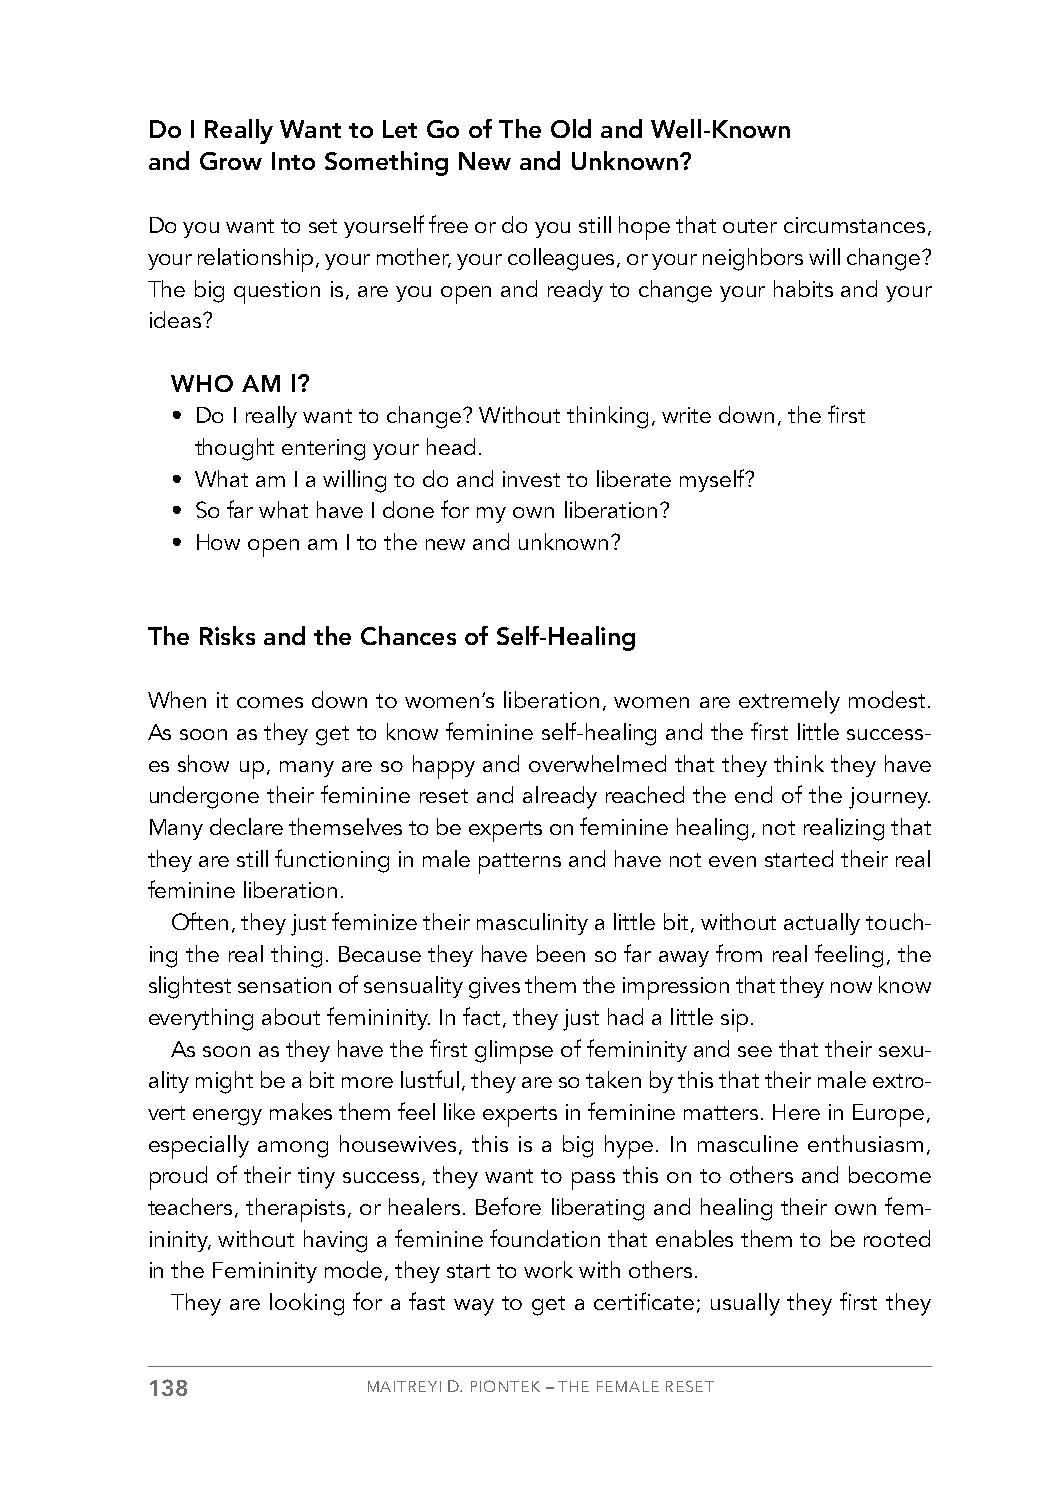
Do I Really Want to Let Go of The Old and Well-Known
 and Grow Into Something New and Unknown?
 Do you want to set yourself free or do you still hope that outer circumstances,
 your relationship, your mother, your colleagues, or your neighbors will change?
 The big question is, are you open and ready to change your habits and your
 ideas?
 WHO  AM I?
 • Do I really want to change? Without thinking, write down, the first
 thought entering your head.
 • What am I a willing to do and invest to liberate myself?
 • So far what have I done for my own liberation?
 • How open am I to the new and unknown?
 The Risks and the Chances of Self-Healing
 When it comes down to women’s liberation, women are extremely modest.
 As soon as they get to know feminine self-healing and the first little success-
 es show up, many are so happy and overwhelmed that they think they have
 undergone their feminine reset and already reached the end of the journey.
 Many declare themselves to be experts on feminine healing, not realizing that
 they are still functioning in male patterns and have not even started their real
 feminine liberation.
 Often, they just feminize their masculinity a little bit, without actually touch-
 ing the real thing. Because they have been so far away from real feeling, the
 slightest sensation of sensuality gives them the impression that they now know
 everything about femininity. In fact, they just had a little sip.
 As soon as they have the first glimpse of femininity and see that their sexu-
 ality might be a bit more lustful, they are so taken by this that their male extro-
 vert energy makes them feel like experts in feminine matters. Here in Europe,
 especially among housewives, this is a big hype. In masculine enthusiasm,
 proud of their tiny success, they want to pass this on to others and become
 teachers, therapists, or healers. Before liberating and healing their own fem-
 ininity, without having a feminine foundation that enables them to be rooted
 in the Femininity mode, they start to work with others.
 They are looking for a fast way to get a certificate; usually they first they
 138           MAITREYI D. PIONTEK – THE FEMALE RESET